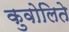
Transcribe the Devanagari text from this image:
कुवोलिते